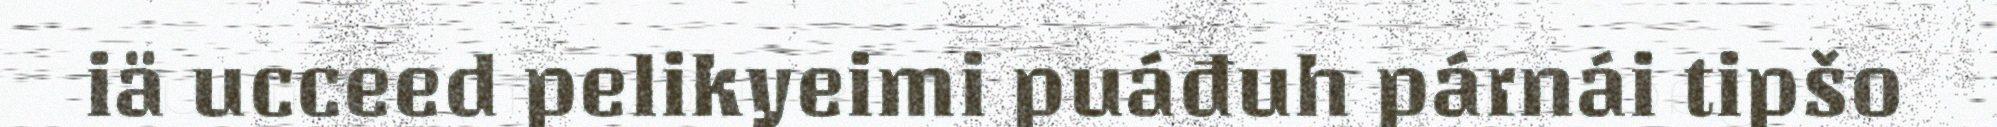
iä ucceed pelikyeimi puáđuh párnái tipšo